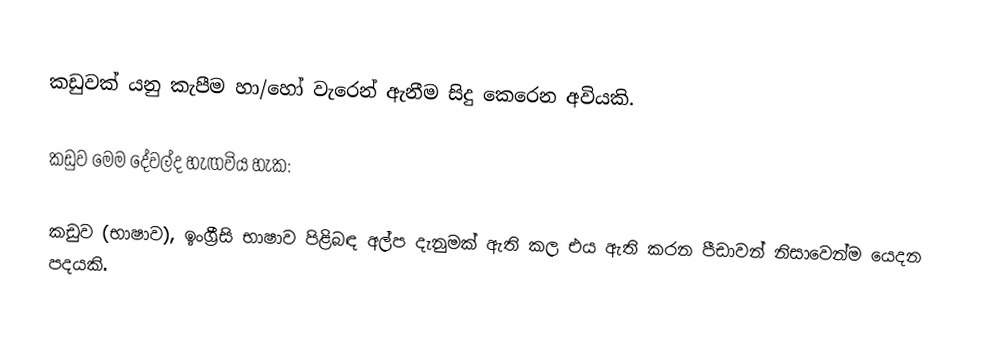
කඩුවක් යනු කැපීම හා/හෝ වැරෙන් ඇනීම සිදු කෙරෙන අවියකි.

කඩුව මෙම දේවල්ද හැඟවිය හැක:

කඩුව (භාෂාව), ඉංග්‍රීසි භාෂාව පිළිබඳ අල්ප දැනුමක් ඇති කල එය ඇති කරන පීඩාවන් නිසාවෙන්ම යෙදන පදයකි.